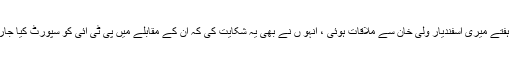
گزشتہ ہفتے میری اسفندیار ولی خان سے ملاقات ہوئی ، انہو ں نے بھی یہ شکایت کی کہ ان کے مقابلے میں پی ٹی آئی کو سپورٹ کیا جارہا ہے۔